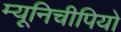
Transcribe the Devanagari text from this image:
म्यूनिचीपियो